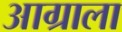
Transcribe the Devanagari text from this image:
आग्राला